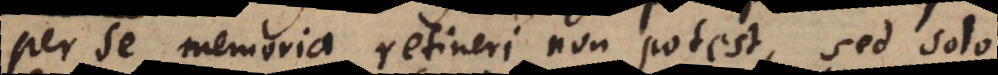
per se memoria retineri non potest, sed solo